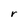
Character: r